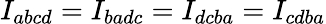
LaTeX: {I_{abcd}=I_{badc}=I_{dcba}=I_{cdba}}